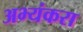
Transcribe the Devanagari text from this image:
अभ्यंकरा